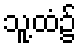
သူ့ထံ၌